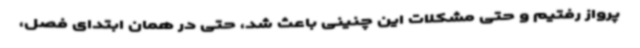
پرواز رفتیم و حتی مشکلات این چنینی باعث شد، حتی در همان ابتدای فصل،